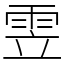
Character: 雴